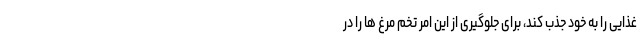
غذایی را به خود جذب کند، برای جلوگیری از این امر تخم مرغ ها را در